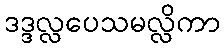
ဒဒ္ဒလ္လပေသမလ္လိကာ